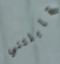
قابلتني